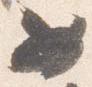
女